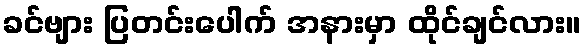
ခင်ဗျား ပြတင်းပေါက် အနားမှာ ထိုင်ချင်လား။